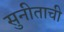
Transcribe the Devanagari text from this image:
सुनीताची